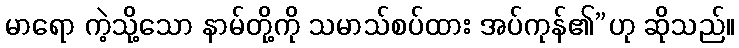
မာရော ကဲ့သို့သော နာမ်တို့ကို သမာသ်စပ်ထား အပ်ကုန်၏”ဟု ဆိုသည်။